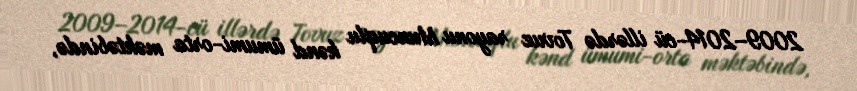
2009–2014-cü illərdə Tovuz rayonu Muncuqlu kənd ümumi-orta məktəbində,